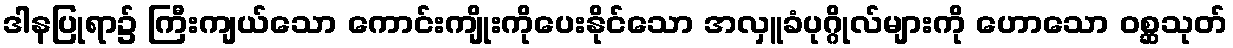
ဒါနပြုရာ၌ ကြီးကျယ်သော ကောင်းကျိုးကိုပေးနိုင်သော အလှူခံပုဂ္ဂိုလ်များကို ဟောသော ဝစ္ဆသုတ်